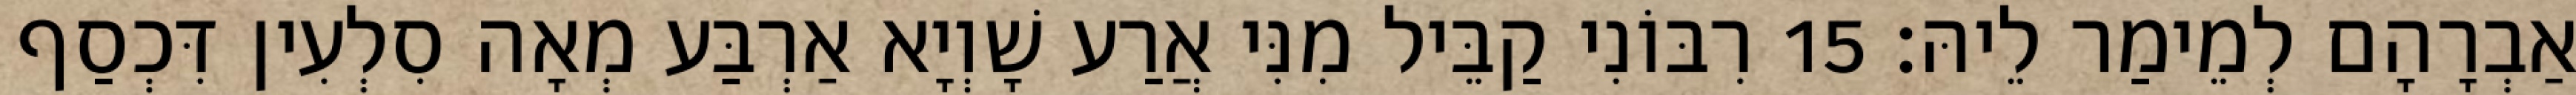
אַבְרָהָם לְמֵימַר לֵיהּ׃ 15 רִבּוֹנִי קַבֵּיל מִנִּי אֲרַע שָׁוְיָא אַרְבַּע מְאָה סִלְעִין דִּכְסַף